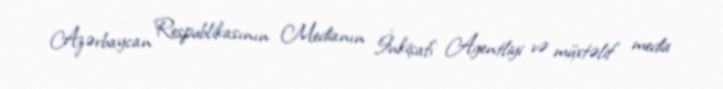
Azərbaycan Respublikasının Medianın İnkişafı Agentliyi və müxtəlif media